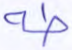
طه